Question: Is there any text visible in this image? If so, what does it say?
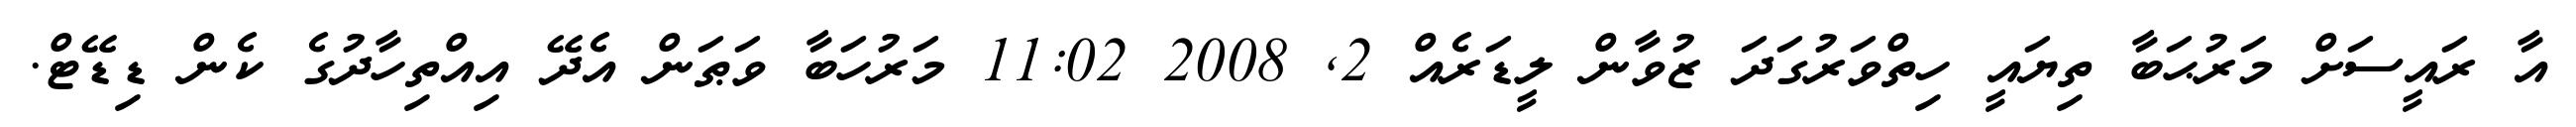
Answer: އާ ރައީސަށް މަރުޙަބާ ތިޔައީ ހިތްވަރުގަދަ ޒުވާން ލީޑަރެއް 2, 2008 11:02 މަރުހަބާ ވަޠަން އެދޭ އިއްތިހާދުގެ ކެން ޑިޑޭޓް.